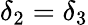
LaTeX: \delta_{2}=\delta_{3}